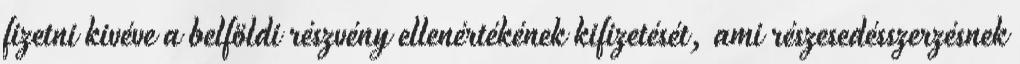
fizetni kivéve a belföldi részvény ellenértékének kifizetését, ami részesedésszerzésnek